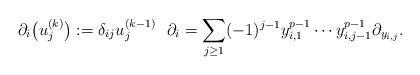
LaTeX: \begin{gather*}\partial_i\big(u_j^{(k)}\big):=\delta_{ij}u_j^{(k-1)}\ \ \partial_i=\sum_{j\geq 1} (-1)^{j-1}y_{i,1}^{p-1}\cdots y_{i,j-1}^{p-1}\partial_{y_{i,j}}.\end{gather*}